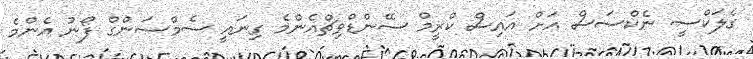
ގެލަކްސީ ނެކްސަސް އަށް އައިސް ކްރީމް ސޭންޑްވިޗްއެންމެ ގިނައީ ސެމްސަންގް ފޯނު އެންމެ